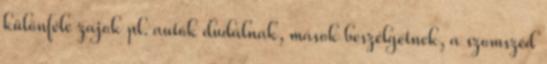
különféle zajok pl. autók dudálnak, mások beszélgetnek, a szomszéd